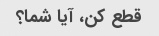
قطع کن، آیا شما؟